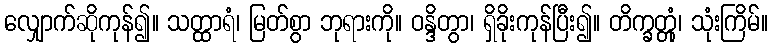
လျှောက်ဆိုကုန်၍။ သတ္ထာရံ၊ မြတ်စွာ ဘုရားကို။ ဝန္ဒိတွာ၊ ရှိခိုးကုန်ပြီး၍။ တိက္ခတ္တုံ၊ သုံးကြိမ်။